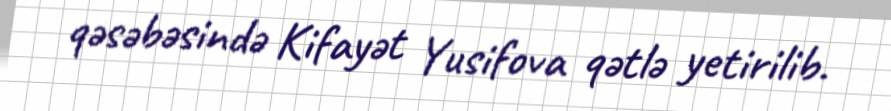
qəsəbəsində Kifayət Yusifova qətlə yetirilib.